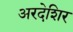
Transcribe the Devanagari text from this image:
अरदेशिर